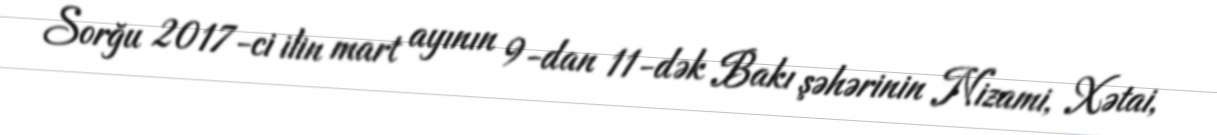
Sorğu 2017-ci ilin mart ayının 9-dan 11-dək Bakı şəhərinin Nizami, Xətai,